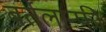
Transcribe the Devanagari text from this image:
बर्तलान्फी